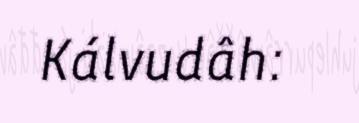
Kálvudâh: